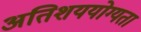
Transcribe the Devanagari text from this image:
अतिशययोग्यता